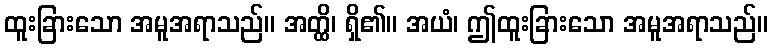
ထူးခြားသော အမူအရာသည်။ အတ္ထိ၊ ရှိ၏။ အယံ၊ ဤထူးခြားသော အမူအရာသည်။